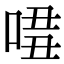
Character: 𠴾